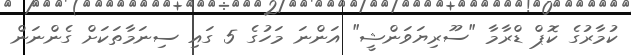
ކުމާރުގެ ކޮޕް ޑްރާމާ "ސޫރިޔަވަންޝީ" އަންނަ މަހުގެ 5 ގައި ސިނަމާތަކަށް ގެންނަން